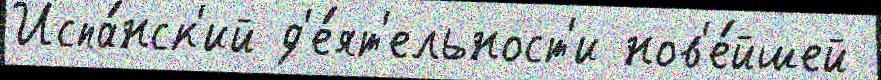
Испа́нск'ий д'е́ят'ельност'и нов'е́йшей